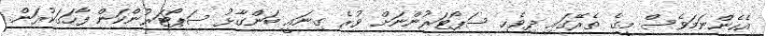
އެހެންނަމަވެސް މީގެ ތެރޭގައި ދިވެހި ސަޕޯޓަރުންނަށް ވުރެ ގިނައީ ބަންގާޅު ސަޕޯޓަރުންކަން ފާހަގަކުރަން.